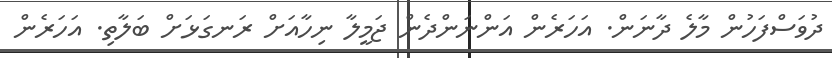
ދުވަސްފަހުން މާލެ ދާނަން. އަހަރެން އަންނަންދެން ޖަމީލާ ނިހާއަށް ރަނގަޅަށް ބަލާތި. އަހަރެން